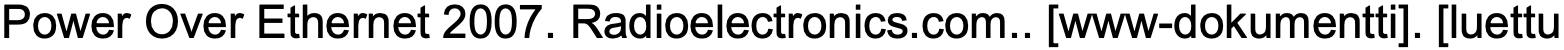
Power Over Ethernet 2007. Radioelectronics.com.. [www-dokumentti]. [luettu